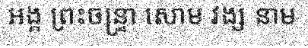
អង្គ ព្រះចន្ទ្រា សោម វង្ស នាម